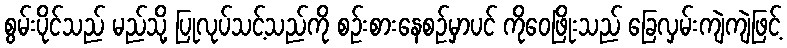
စွမ်းပိုင်သည် မည်သို့ ပြုလုပ်သင့်သည်ကို စဉ်းစားနေစဉ်မှာပင် ကိုဝေဖြိုးသည် ခြေလှမ်းကျဲကျဲဖြင့်